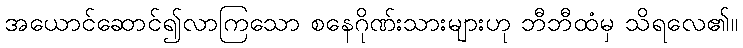
အယောင်ဆောင်၍လာကြသော စနေဂိုဏ်းသားများဟု ဘီဘီထံမှ သိရလေ၏။